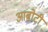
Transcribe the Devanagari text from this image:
आबोटी